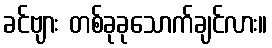
ခင်ဗျား တစ်ခုခုသောက်ချင်လား။